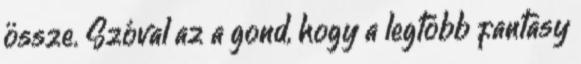
össze. Szóval az a gond, hogy a legtöbb fantasy